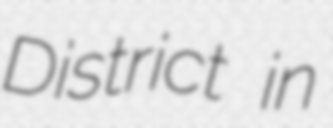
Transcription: District in